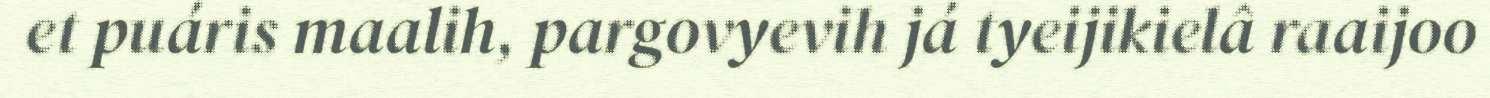
et puáris maalih, pargovyevih já tyeijikielâ raaijoo